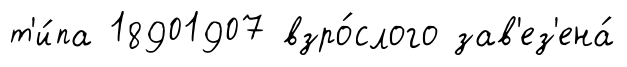
т'и́па 18901907 взро́слого зав'ез'ена́